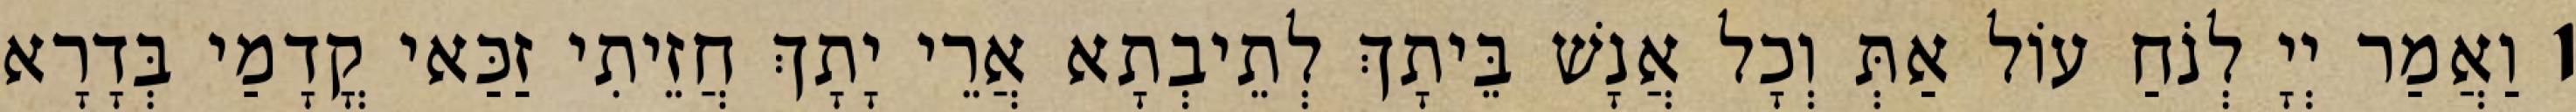
1 וַאֲמַר יְיָ לְנֹחַ עוֹל אַתְּ וְכָל אֲנָשׁ בֵּיתָךְ לְתֵיבְתָא אֲרֵי יָתָךְ חֲזֵיתִי זַכַּאי קֳדָמַי בְּדָרָא